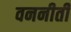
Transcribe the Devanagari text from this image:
वननीती